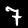
Label: 7